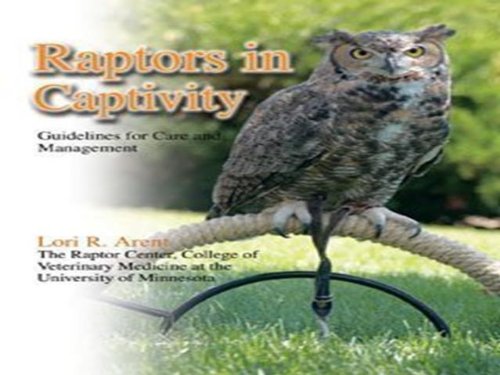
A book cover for Raptors in Captivity: Guidelines for Care and Management; Lori R. Arent; Crafts, Hobbies & Home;